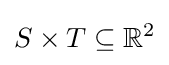
S\times T\subseteq \mathbb {R} ^{2}